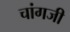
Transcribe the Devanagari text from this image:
चांगजी